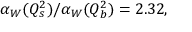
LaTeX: \alpha _ { W } ( Q _ { s } ^ { 2 } ) / \alpha _ { W } ( Q _ { b } ^ { 2 } ) = 2 . 3 2 ,